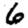
Digit: 6